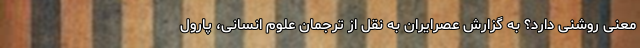
معنی روشنی دارد؟ به گزارش عصرایران به نقل از ترجمان علوم انسانی، پارول